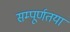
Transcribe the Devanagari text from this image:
सम्पूर्णतया